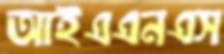
আইএএনএস